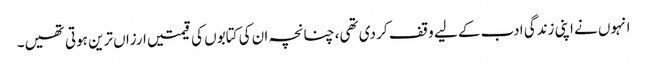
انہوں نے اپنی زندگی ادب کے لیے وقف کر دی تھی، چنانچہ ان کی کتابوں کی قیمتیں ارزاں ترین ہوتی تھیں۔